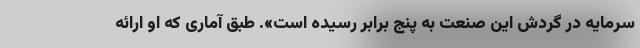
سرمایه در گردش این صنعت به پنج برابر رسیده است». طبق آماری که او ارائه